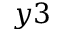
y 3